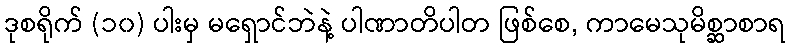
ဒုစရိုက် (၁၀) ပါးမှ မရှောင်ဘဲနဲ့ ပါဏာတိပါတ ဖြစ်စေ, ကာမေသုမိစ္ဆာစာရ